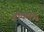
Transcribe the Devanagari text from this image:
टोकरी।